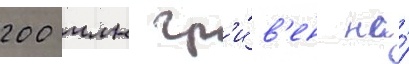
200 млн гр'и́в'ен на́